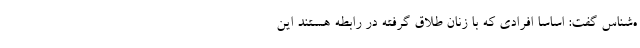
ه‌شناس گفت: اساسا افرادی که با زنان طلاق گرفته در رابطه هستند این